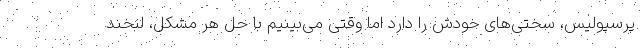
پرسپولیس، سختی‌های خودش را دارد اما وقتی می‌بینیم با حل هر مشکل، لبخند